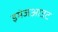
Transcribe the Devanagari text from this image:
इमेजआउट